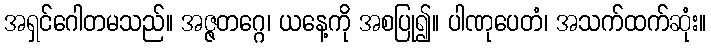
အရှင်ဂေါတမသည်။ အဇ္ဇတဂ္ဂေ၊ ယနေ့ကို အစပြု၍။ ပါဏုပေတံ၊ အသက်ထက်ဆုံး။